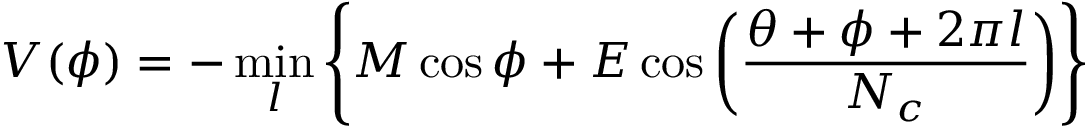
V ( \phi ) = - \operatorname * { m i n } _ { l } \left\{ M \cos \phi + E \cos \left( \frac { \theta + \phi + 2 \pi l } { N _ { c } } \right) \right\}